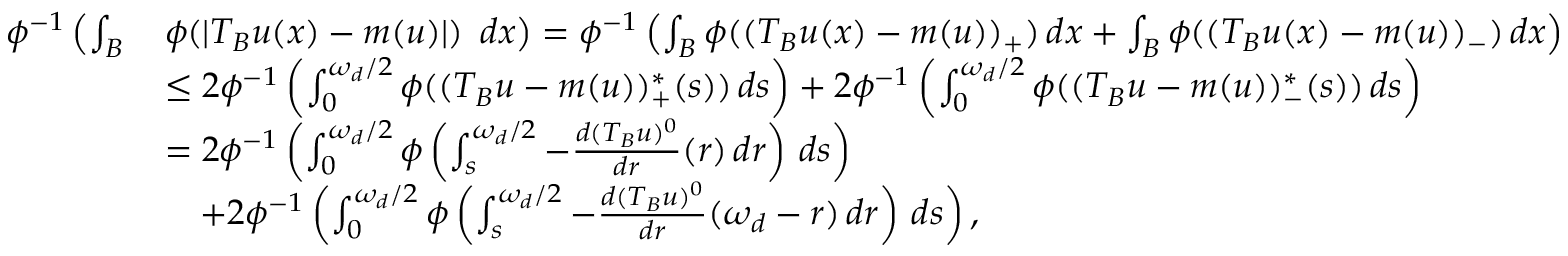
\begin{array} { r l } { \phi ^ { - 1 } \left( \int _ { B } \right. } & { \phi ( | T _ { B } u ( x ) - m ( u ) | ) \left. \, \vphantom { \int } d x \right) = \phi ^ { - 1 } \left( \int _ { B } \phi ( ( T _ { B } u ( x ) - m ( u ) ) _ { + } ) \, d x + \int _ { B } \phi ( ( T _ { B } u ( x ) - m ( u ) ) _ { - } ) \, d x \right) } \\ & { \leq 2 \phi ^ { - 1 } \left( \int _ { 0 } ^ { \omega _ { d } / 2 } \phi ( ( T _ { B } u - m ( u ) ) _ { + } ^ { * } ( s ) ) \, d s \right) + 2 \phi ^ { - 1 } \left( \int _ { 0 } ^ { \omega _ { d } / 2 } \phi ( ( T _ { B } u - m ( u ) ) _ { - } ^ { * } ( s ) ) \, d s \right) } \\ & { = 2 \phi ^ { - 1 } \left( \int _ { 0 } ^ { \omega _ { d } / 2 } \phi \left( \int _ { s } ^ { \omega _ { d } / 2 } - \frac { d ( T _ { B } u ) ^ { 0 } } { d r } ( r ) \, d r \right) \, d s \right) } \\ & { \ \ \ + 2 \phi ^ { - 1 } \left( \int _ { 0 } ^ { \omega _ { d } / 2 } \phi \left( \int _ { s } ^ { \omega _ { d } / 2 } - \frac { d ( T _ { B } u ) ^ { 0 } } { d r } ( \omega _ { d } - r ) \, d r \right) \, d s \right) , } \end{array}